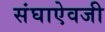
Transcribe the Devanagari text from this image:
संघाऐवजी